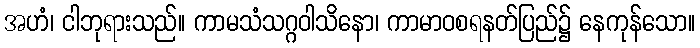
အဟံ၊ ငါဘုရားသည်။ ကာမသံသဂ္ဂဝါသိနော၊ ကာမာဝစရနတ်ပြည်၌ နေကုန်သော။